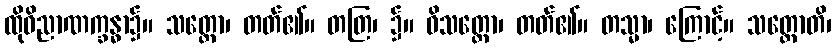
ထိုဝိညာဏက္ခန္ဓာ၌။ သတ္တော၊ တတ်၏။ တတြ၊ ၌။ ဝိသတ္တော၊ တတ်၏။ တသ္မာ၊ ကြောင့်။ သတ္တောတိ၊